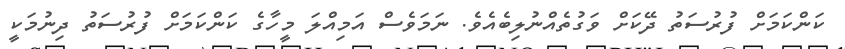
ކަންކަމަށް ފުރުސަތު ދޭކަށް ވަގުތެއްނުލިބެއެވެ. ނަމަވެސް އަމިއްލަ މީހާގެ ކަންކަމަށް ފުރުސަތު ދިނުމަކީ